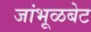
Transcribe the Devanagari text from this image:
जांभूळबेट